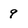
Character: 9